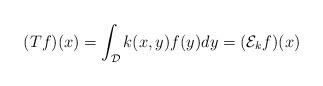
LaTeX: \begin{align*}(Tf)(x) = \int_{\mathcal{D}}k(x,y)f(y)dy = (\mathcal{E}_kf)(x)\end{align*}